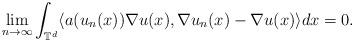
LaTeX: \begin{align*}\lim_{n\rightarrow\infty} \int_{\mathbb{T}^d} \langle a(u_n(x)) \nabla u(x), \nabla u_n(x) - \nabla u(x) \rangle dx = 0 .\end{align*}